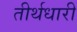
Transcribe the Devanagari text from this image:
तीर्थधारी